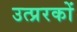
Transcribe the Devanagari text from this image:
उत्प्ररकों